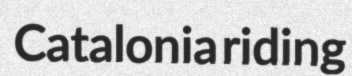
Catalonia riding